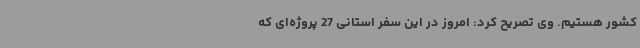
کشور هستیم. وی تصریح ‌کرد: امروز در این سفر استانی 27 پروژه‌ای که